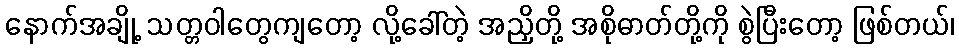
နောက်အချို့ သတ္တဝါတွေကျတော့ လို့ခေါ်တဲ့ အညှိတို့ အစိုဓာတ်တို့ကို စွဲပြီးတော့ ဖြစ်တယ်၊